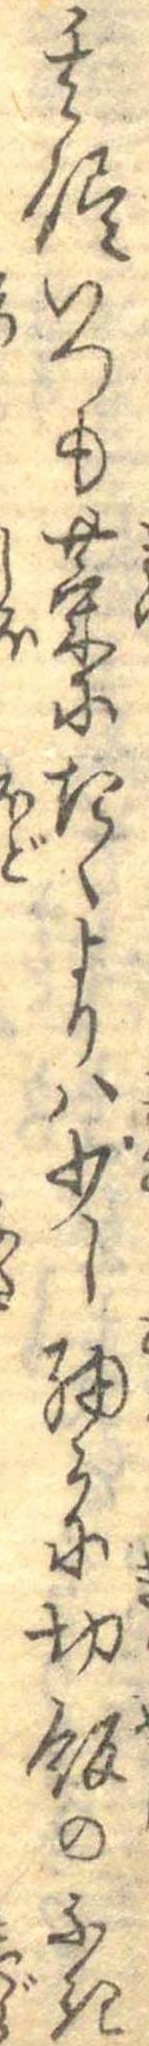
其侭いつも菜にたくよりは少し細かに切飯のふき